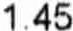
1.45